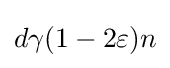
d\gamma (1-2\varepsilon )n